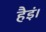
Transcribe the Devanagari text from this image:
हैइं।